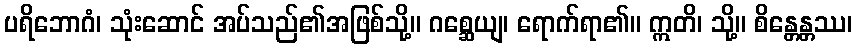
ပရိဘောဂံ၊ သုံးဆောင် အပ်သည်၏အဖြစ်သို့။ ဂစ္ဆေယျ၊ ရောက်ရာ၏။ ဣတိ၊ သို့။ စိန္တေန္တဿ၊